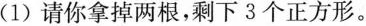
（1）请你拿掉两根，剩下3个正方形。